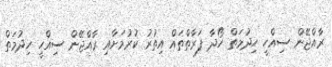
ރާއްޖޭން ސިއްހީ ހިދުމަތް ހޯދާ ފަރާތްތައް އިތުރު ކުރުމަށާއި ރާއްޖޭން ސިއްހީ ހިދުމަތް